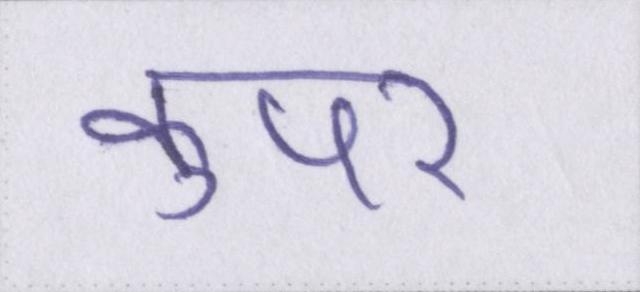
कुपर